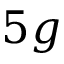
5 g